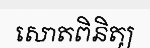
សោតពិនិត្យ